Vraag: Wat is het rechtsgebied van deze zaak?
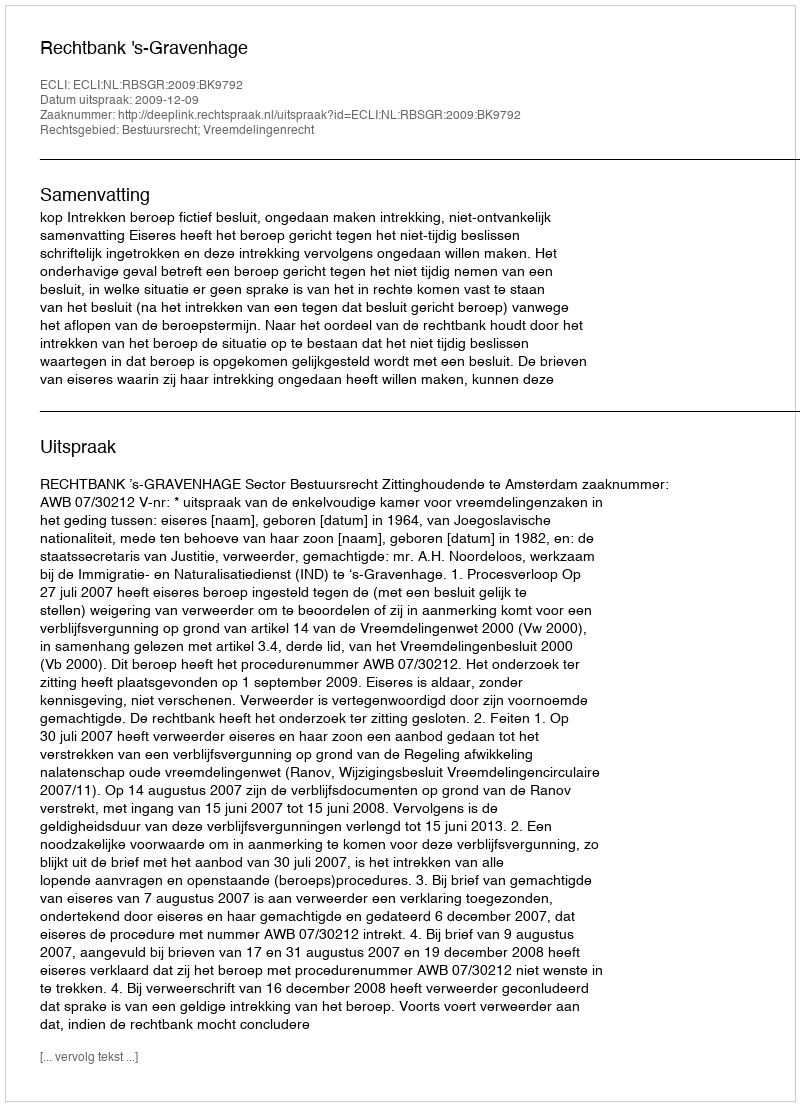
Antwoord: Bestuursrecht; Vreemdelingenrecht